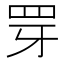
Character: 䍓